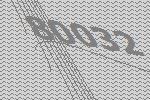
80032